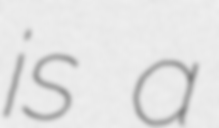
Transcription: is a